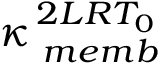
\kappa _ { \, \, m e m b } ^ { \, 2 L R T _ { 0 } }